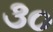
૩૦